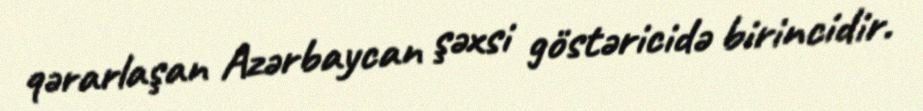
qərarlaşan Azərbaycan şəxsi göstəricidə birincidir.